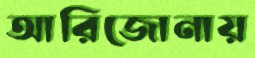
আরিজোনায়